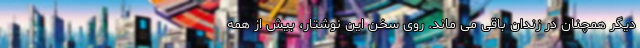
دیگر همچنان در زندان باقی می ماند. روی سخن این نوشتار، بیش از همه